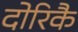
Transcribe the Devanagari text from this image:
दोरिकै